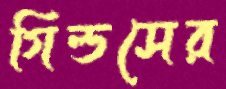
গিল্ডসের